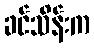
ခင်သိန်းက